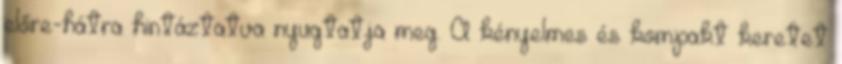
előre-hátra hintáztatva nyugtatja meg. A kényelmes és kompakt keretet